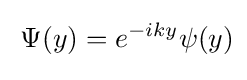
{\frac {}{}}\Psi (y)=e^{-iky}\psi (y)